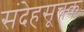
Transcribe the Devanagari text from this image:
संदेहसूचक